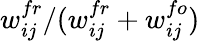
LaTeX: w_{ij}^{fr}/(w_{ij}^{fr}+w_{ij}^{fo})